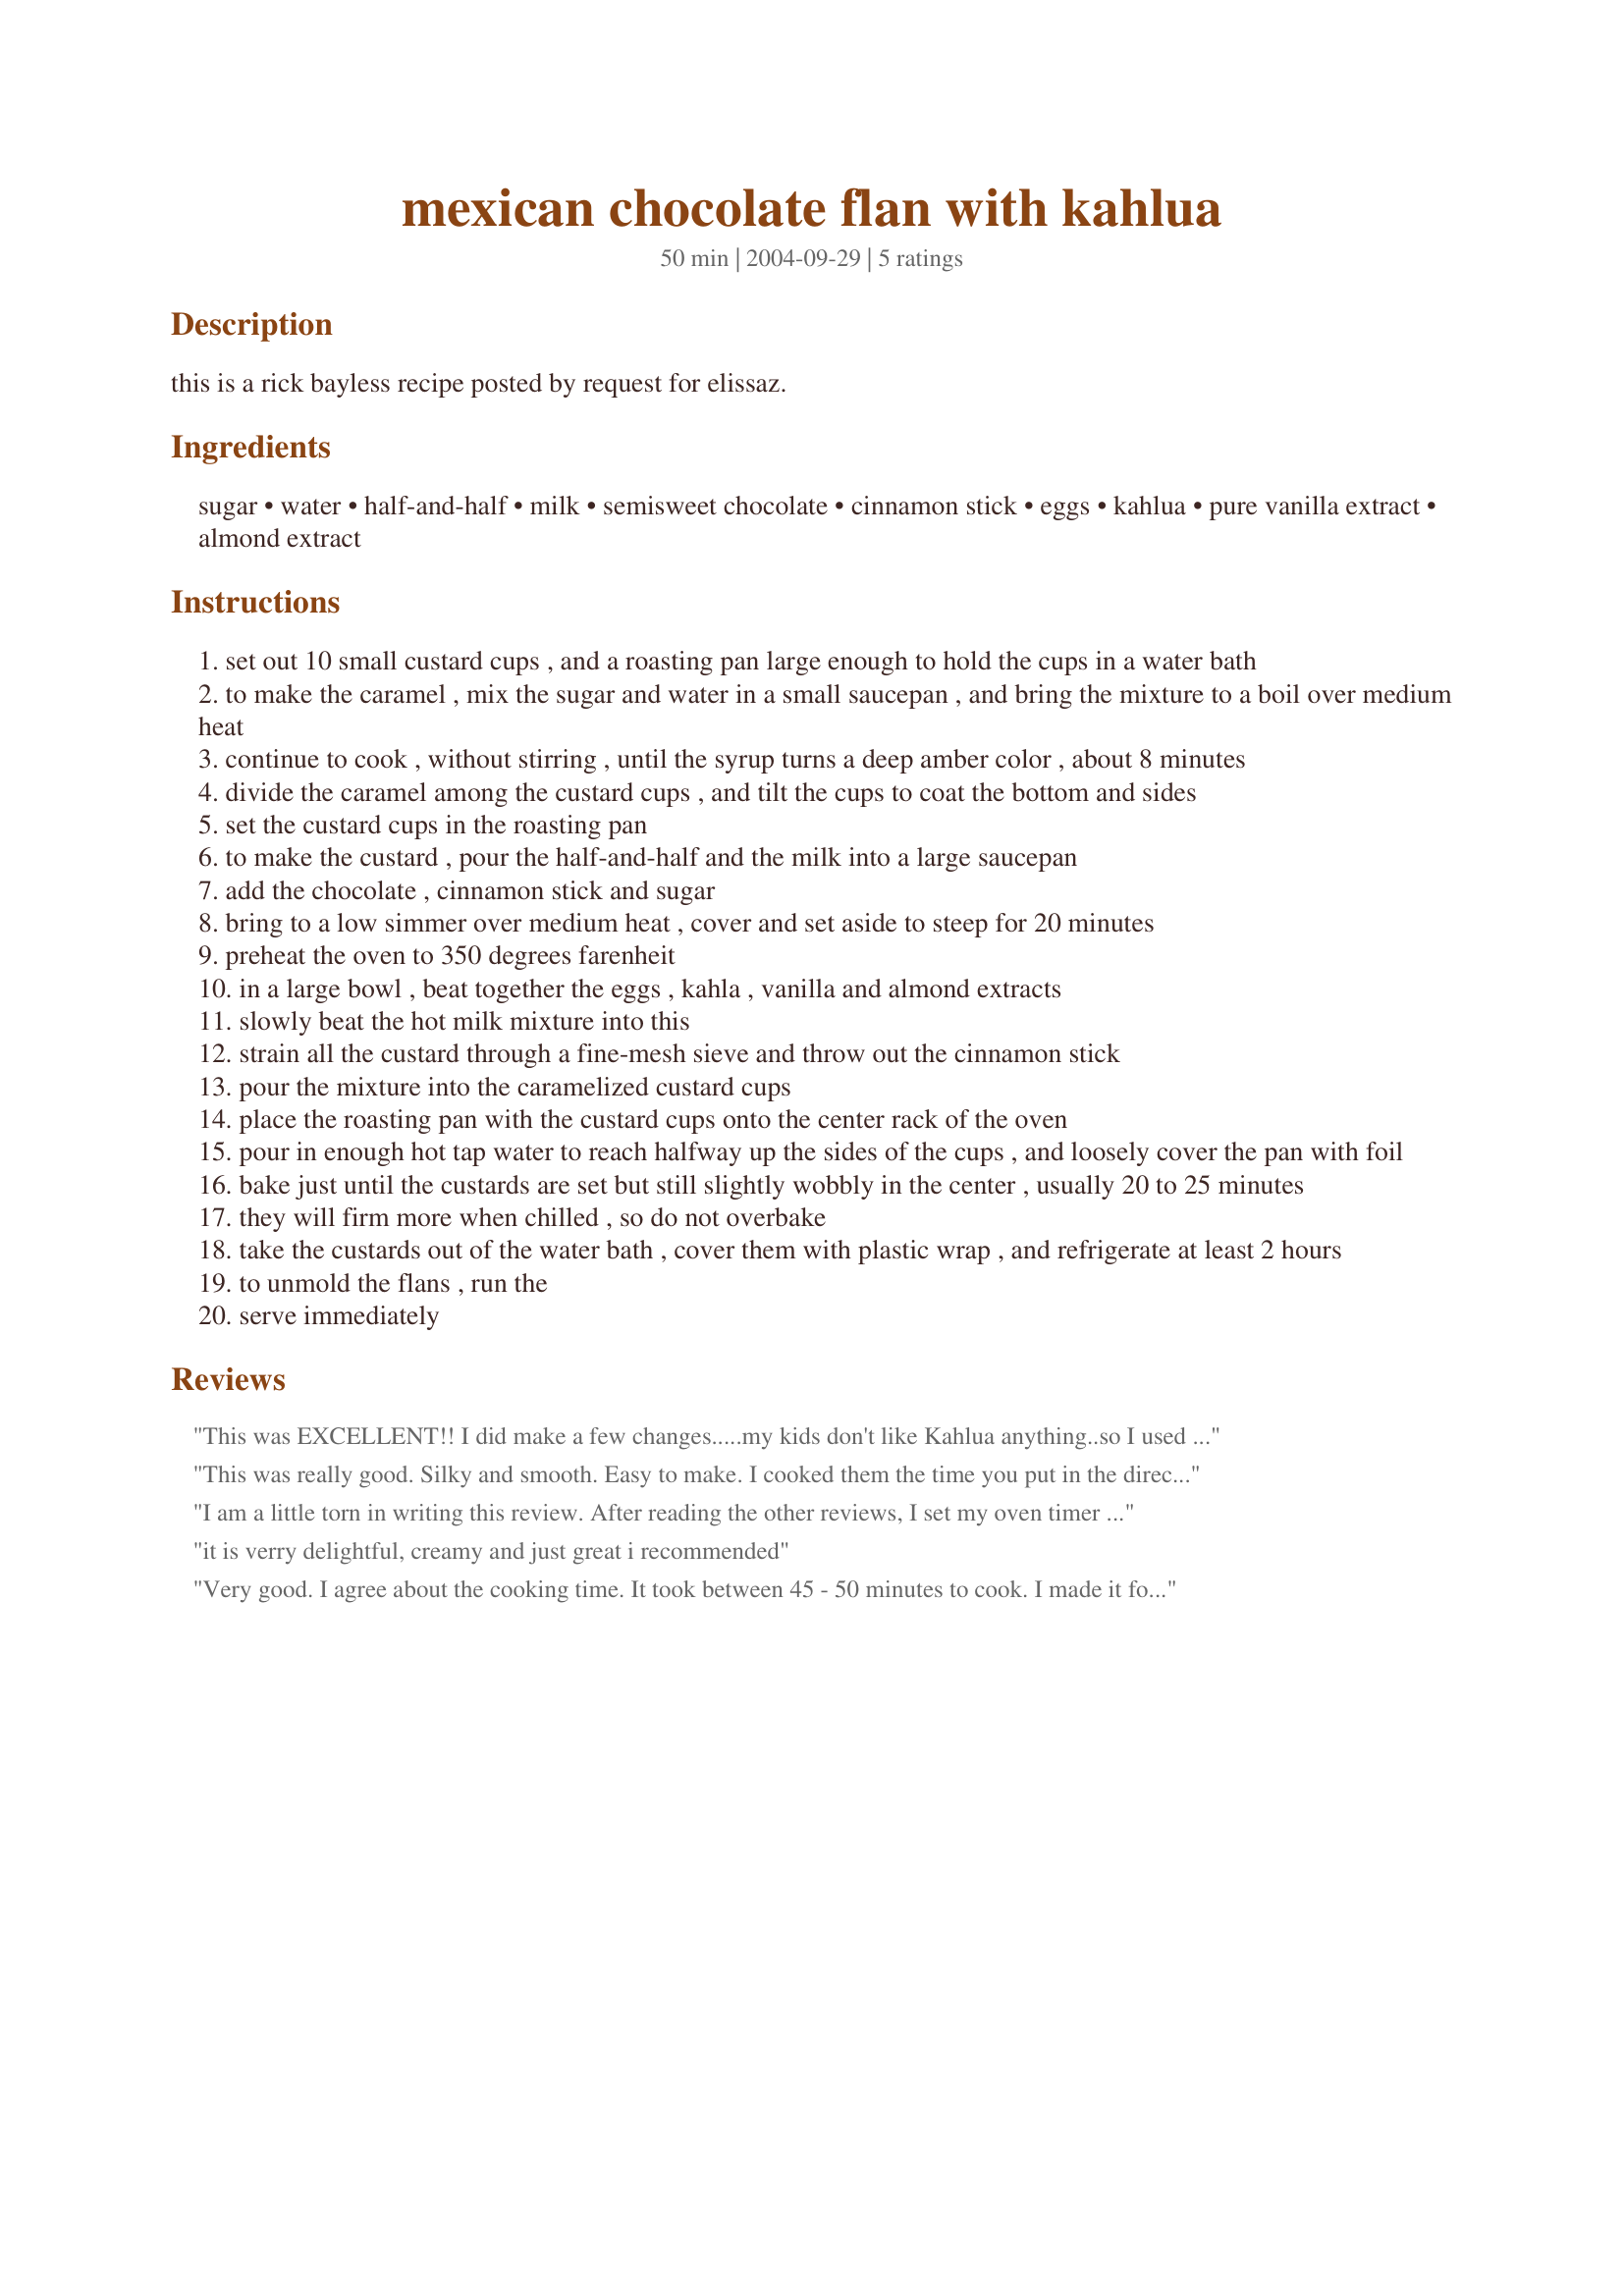
mexican chocolate flan with kahlua
Preparation time: 50 minutes

this is a rick bayless recipe posted by request for elissaz.

Ingredients:
sugar, water, half-and-half, milk, semisweet chocolate, cinnamon stick, eggs, kahlua, pure vanilla extract, almond extract

Steps:
set out 10 small custard cups , and a roasting pan large enough to hold the cups in a water bath
to make the caramel , mix the sugar and water in a small saucepan , and bring the mixture to a boil over medium heat
continue to cook , without stirring , until the syrup turns a deep amber color , about 8 minutes
divide the caramel among the custard cups , and tilt the cups to coat the bottom and sides
set the custard cups in the roasting pan
to make the custard , pour the half-and-half and the milk into a large saucepan
add the chocolate , cinnamon stick and sugar
bring to a low simmer over medium heat , cover and set aside to steep for 20 minutes
preheat the oven to 350 degrees farenheit
in a large bowl , beat together the eggs , kahla , vanilla and almond extracts
slowly beat the hot milk mixture into this
strain all the custard through a fine-mesh sieve and throw out the cinnamon stick
pour the mixture into the caramelized custard cups
place the roasting pan with the custard cups onto the center rack of the oven
pour in enough hot tap water to reach halfway up the sides of the cups , and loosely cover the pan with foil
bake just until the custards are set but still slightly wobbly in the center , usually 20 to 25 minutes
they will firm more when chilled , so do not overbake
take the custards out of the water bath , cover them with plastic wrap , and refrigerate at least 2 hours
to unmold the flans , run the
serve immediately

Reviews:
This was EXCELLENT!! I did make a few changes.....my kids don't like Kahlua anything..so I used Creme de Cocoa instead. And in my never-ending quest to cut sugars, I used Splenda in the custard, but still used sugar in the carmel sauce. Also, the cooking time is off. I needed to cook it for 45 minues, which after reviewing other flan recipes on here, I see a pretty common cooking time.
This was really good. Silky and smooth. Easy to make. I cooked them the time you put in the directions and they turned out fine. I used Amarula coffee liquour instead of Kahlua. I used 1 cup heavy cream and 1 cup milk for the half and half. I'll definatly make this again. Instead of caramel in the bottoms, I think raspberry juice(strained from frozen raspberries) and sugar caramelized would be nice. 
Thanks Looney, for a delicious recipe.
I am a little torn in writing this review. After reading the other reviews, I set my oven timer to 25 minutes. I think other people have much larger custard dishes than I do, because at 25 minutes, they were DEFINITELY overbaked. Overall, I enjoyed these, but I"m mad that I didn't follow the initial suggestion of 20 minutes. Also, my caramel hardened too quickly to coat the sides of the custard dishes.
it is verry delightful, creamy and just great i recommended
Very good. I agree about the cooking time. It took between 45 - 50 minutes to cook. I made it for Cinco De Mayo.
